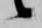
候